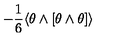
- \frac 1 6 \langle \theta \wedge [ \theta \wedge \theta ] \rangle